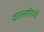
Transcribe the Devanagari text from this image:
शास्तरियों